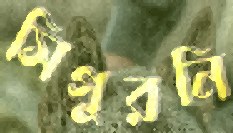
সিগুরনি